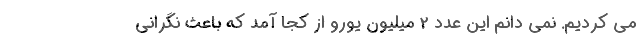
می کردیم. نمی دانم این عدد 2 میلیون یورو از کجا آمد که باعث نگرانی